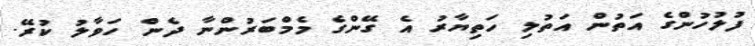
ފުލުހުންގެ އަތުން އަތުލި ހަތިޔާރު އެ ގޭންގެ މެމްބަރުންނާ ދެން ހަވާލު ކުރޭ.